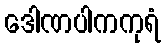
ဒေါဏပါကကုရံ